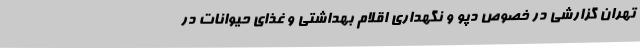
تهران گزارشی در خصوص دپو و نگهداری اقلام بهداشتی و غذای حیوانات در